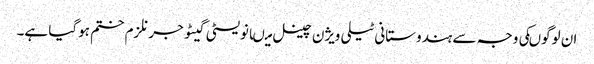
ان لوگوںکی وجہ سے ہندوستانی ٹیلی ویژن چینل میںانویسٹی گیٹو جرنلزم ختم ہوگیا ہے۔